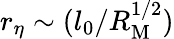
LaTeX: r_{\eta}\sim(l_{0}/R_{\mathrm{M}}^{1/2})